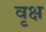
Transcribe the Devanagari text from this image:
वृक्ष